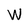
Character: W